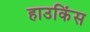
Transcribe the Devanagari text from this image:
हाउकिंस